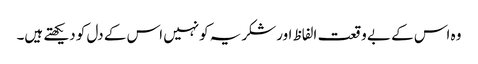
وہ اس کے بے وقعت الفاظ اورشکریہ کونہیں اس کے دل کو دیکھتے ہیں۔